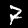
Digit: 7